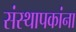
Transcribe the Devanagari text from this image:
संस्थापकांना